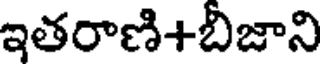
ఇతరాణి+బిజాని